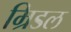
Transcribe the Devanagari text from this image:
म्रिडल